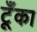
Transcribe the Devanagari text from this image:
टूँका